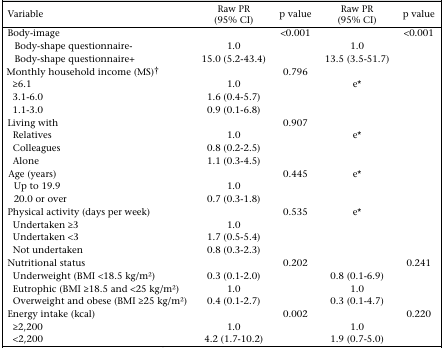
<table><thead><tr><td><b>Variable</b></td><td><b>Raw PR (95% CI)</b></td><td><b>p value</b></td><td><b>Raw PR (95% CI)</b></td><td><b>p value</b></td></tr></thead><tbody><tr><td>Body-image</td><td></td><td>&lt;0.001</td><td></td><td>&lt;0.001</td></tr><tr><td>Body-shape questionnaire-</td><td>1.0</td><td></td><td>1.0</td><td></td></tr><tr><td>Body-shape questionnaire+</td><td>15.0 (5.2–43.4)</td><td></td><td>13.5 (3.5–51.7)</td><td></td></tr><tr><td>Monthly household income (MS)†</td><td></td><td>0.796</td><td></td><td></td></tr><tr><td>≥6.1</td><td>1.0</td><td></td><td>e*</td><td></td></tr><tr><td>3.1–6.0</td><td>1.6 (0.4–5.7)</td><td></td><td></td><td></td></tr><tr><td>1.1–3.0</td><td>0.9 (0.1–6.8)</td><td></td><td></td><td></td></tr><tr><td>Living with</td><td></td><td>0.907</td><td></td><td></td></tr><tr><td>Relatives</td><td>1.0</td><td></td><td>e*</td><td></td></tr><tr><td>Colleagues</td><td>0.8 (0.2–2.5)</td><td></td><td></td><td></td></tr><tr><td>Alone</td><td>1.1 (0.3–4.5)</td><td></td><td></td><td></td></tr><tr><td>Age (years)</td><td></td><td>0.445</td><td>e*</td><td></td></tr><tr><td>Up to 19.9</td><td>1.0</td><td></td><td></td><td></td></tr><tr><td>20.0 or over</td><td>0.7 (0.3–1.8)</td><td></td><td></td><td></td></tr><tr><td>Physical activity (days per week)</td><td></td><td>0.535</td><td>e*</td><td></td></tr><tr><td>Undertaken ≥3</td><td>1.0</td><td></td><td></td><td></td></tr><tr><td>Undertaken &lt;3</td><td>1.7 (0.5–5.4)</td><td></td><td></td><td></td></tr><tr><td>Not undertaken</td><td>0.8 (0.3–2.3)</td><td></td><td></td><td></td></tr><tr><td>Nutritional status</td><td></td><td>0.202</td><td></td><td>0.241</td></tr><tr><td>Underweight (BMI &lt;18.5 kg/m<sup>2</sup>)</td><td>0.3 (0.1–2.0)</td><td></td><td>0.8 (0.1–6.9)</td><td></td></tr><tr><td>Eutrophic (BMI ≥18.5 and &lt;25 kg/m<sup>2</sup>)</td><td>1.0</td><td></td><td>1.0</td><td></td></tr><tr><td>Overweight and obese (BMI ≥25 kg/m<sup>2</sup>)</td><td>0.4 (0.1–2.7)</td><td></td><td>0.3 (0.1–4.7)</td><td></td></tr><tr><td>Energy intake (kcal)</td><td></td><td>0.002</td><td></td><td>0.220</td></tr><tr><td>≥2,200</td><td>1.0</td><td></td><td>1.0</td><td></td></tr><tr><td>&lt;2,200</td><td>4.2 (1.7–10.2)</td><td></td><td>1.9 (0.7–5.0)</td><td></td></tr></tbody></table>